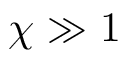
\chi \gg 1